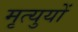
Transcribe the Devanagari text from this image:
मृत्युयों